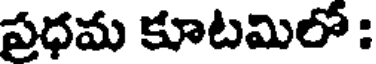
ప్రధమ కూటమిలో :